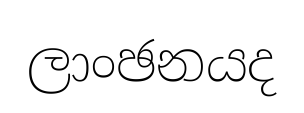
ලාංඡනයද